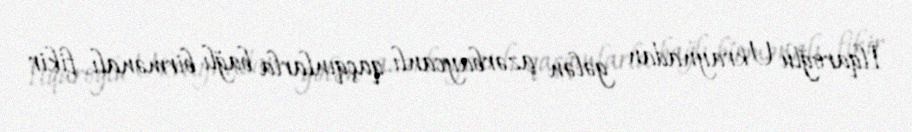
İlqaroğlu Ukraynadan gələn azərbaycanlı qaçqınlarla bağlı birmənalı fikir